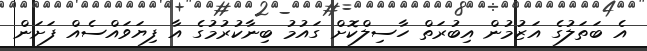
އެ ބަތަލުގެ އަޒުމުން އިބުރަތް ހާސިލްކޮށް ގައުމު ބިނާކުރުމުގެ އާ ފިޔަވައްސެއް ފަށަން